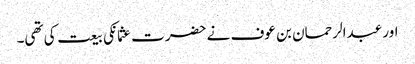
اور عبدالرحمان بن عوف نے حضرت عثمانکی بیعت کی تھی۔